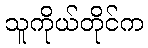
သူကိုယ်တိုင်က